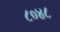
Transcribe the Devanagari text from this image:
८०४८